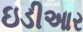
ઇડીઆર